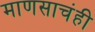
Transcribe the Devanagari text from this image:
माणसाचंही